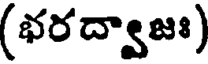
(భరద్వాజః)